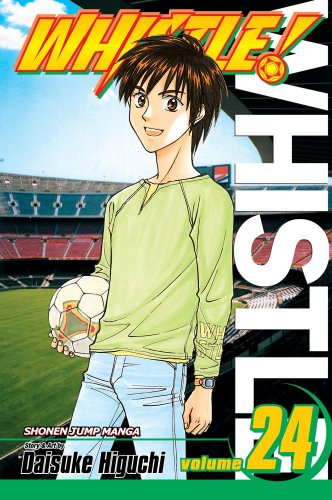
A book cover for Whistle!, Vol. 24: You'ss Never Walk Alone; Daisuke Higuchi; Comics & Graphic Novels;